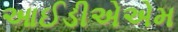
આઈડીએએમ